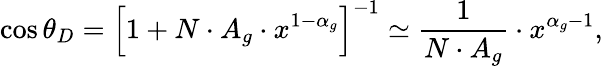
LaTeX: \cos\theta_{D}=\Bigl[1+N\cdot A_{g}\cdot x^{1-\alpha_{g}}\Bigr]^{-1}\simeq{\frac{1}{N\cdot A_{g}}}\cdot x^{\alpha_{g}-1},